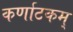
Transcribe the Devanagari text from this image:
कर्णाटकम्